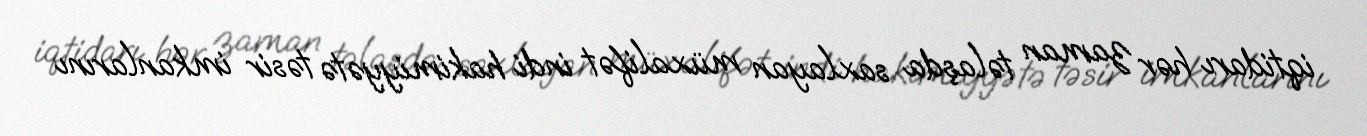
iqtidarı hər zaman təlaşda saxlayan müxalifət indi hakimiyyətə təsir imkanlarını